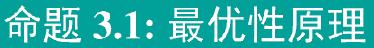
命题 3.1: 最优性原理